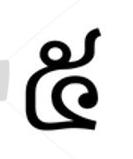
៥